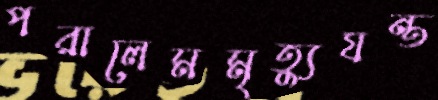
পরালেমমৃত্যুযন্ত